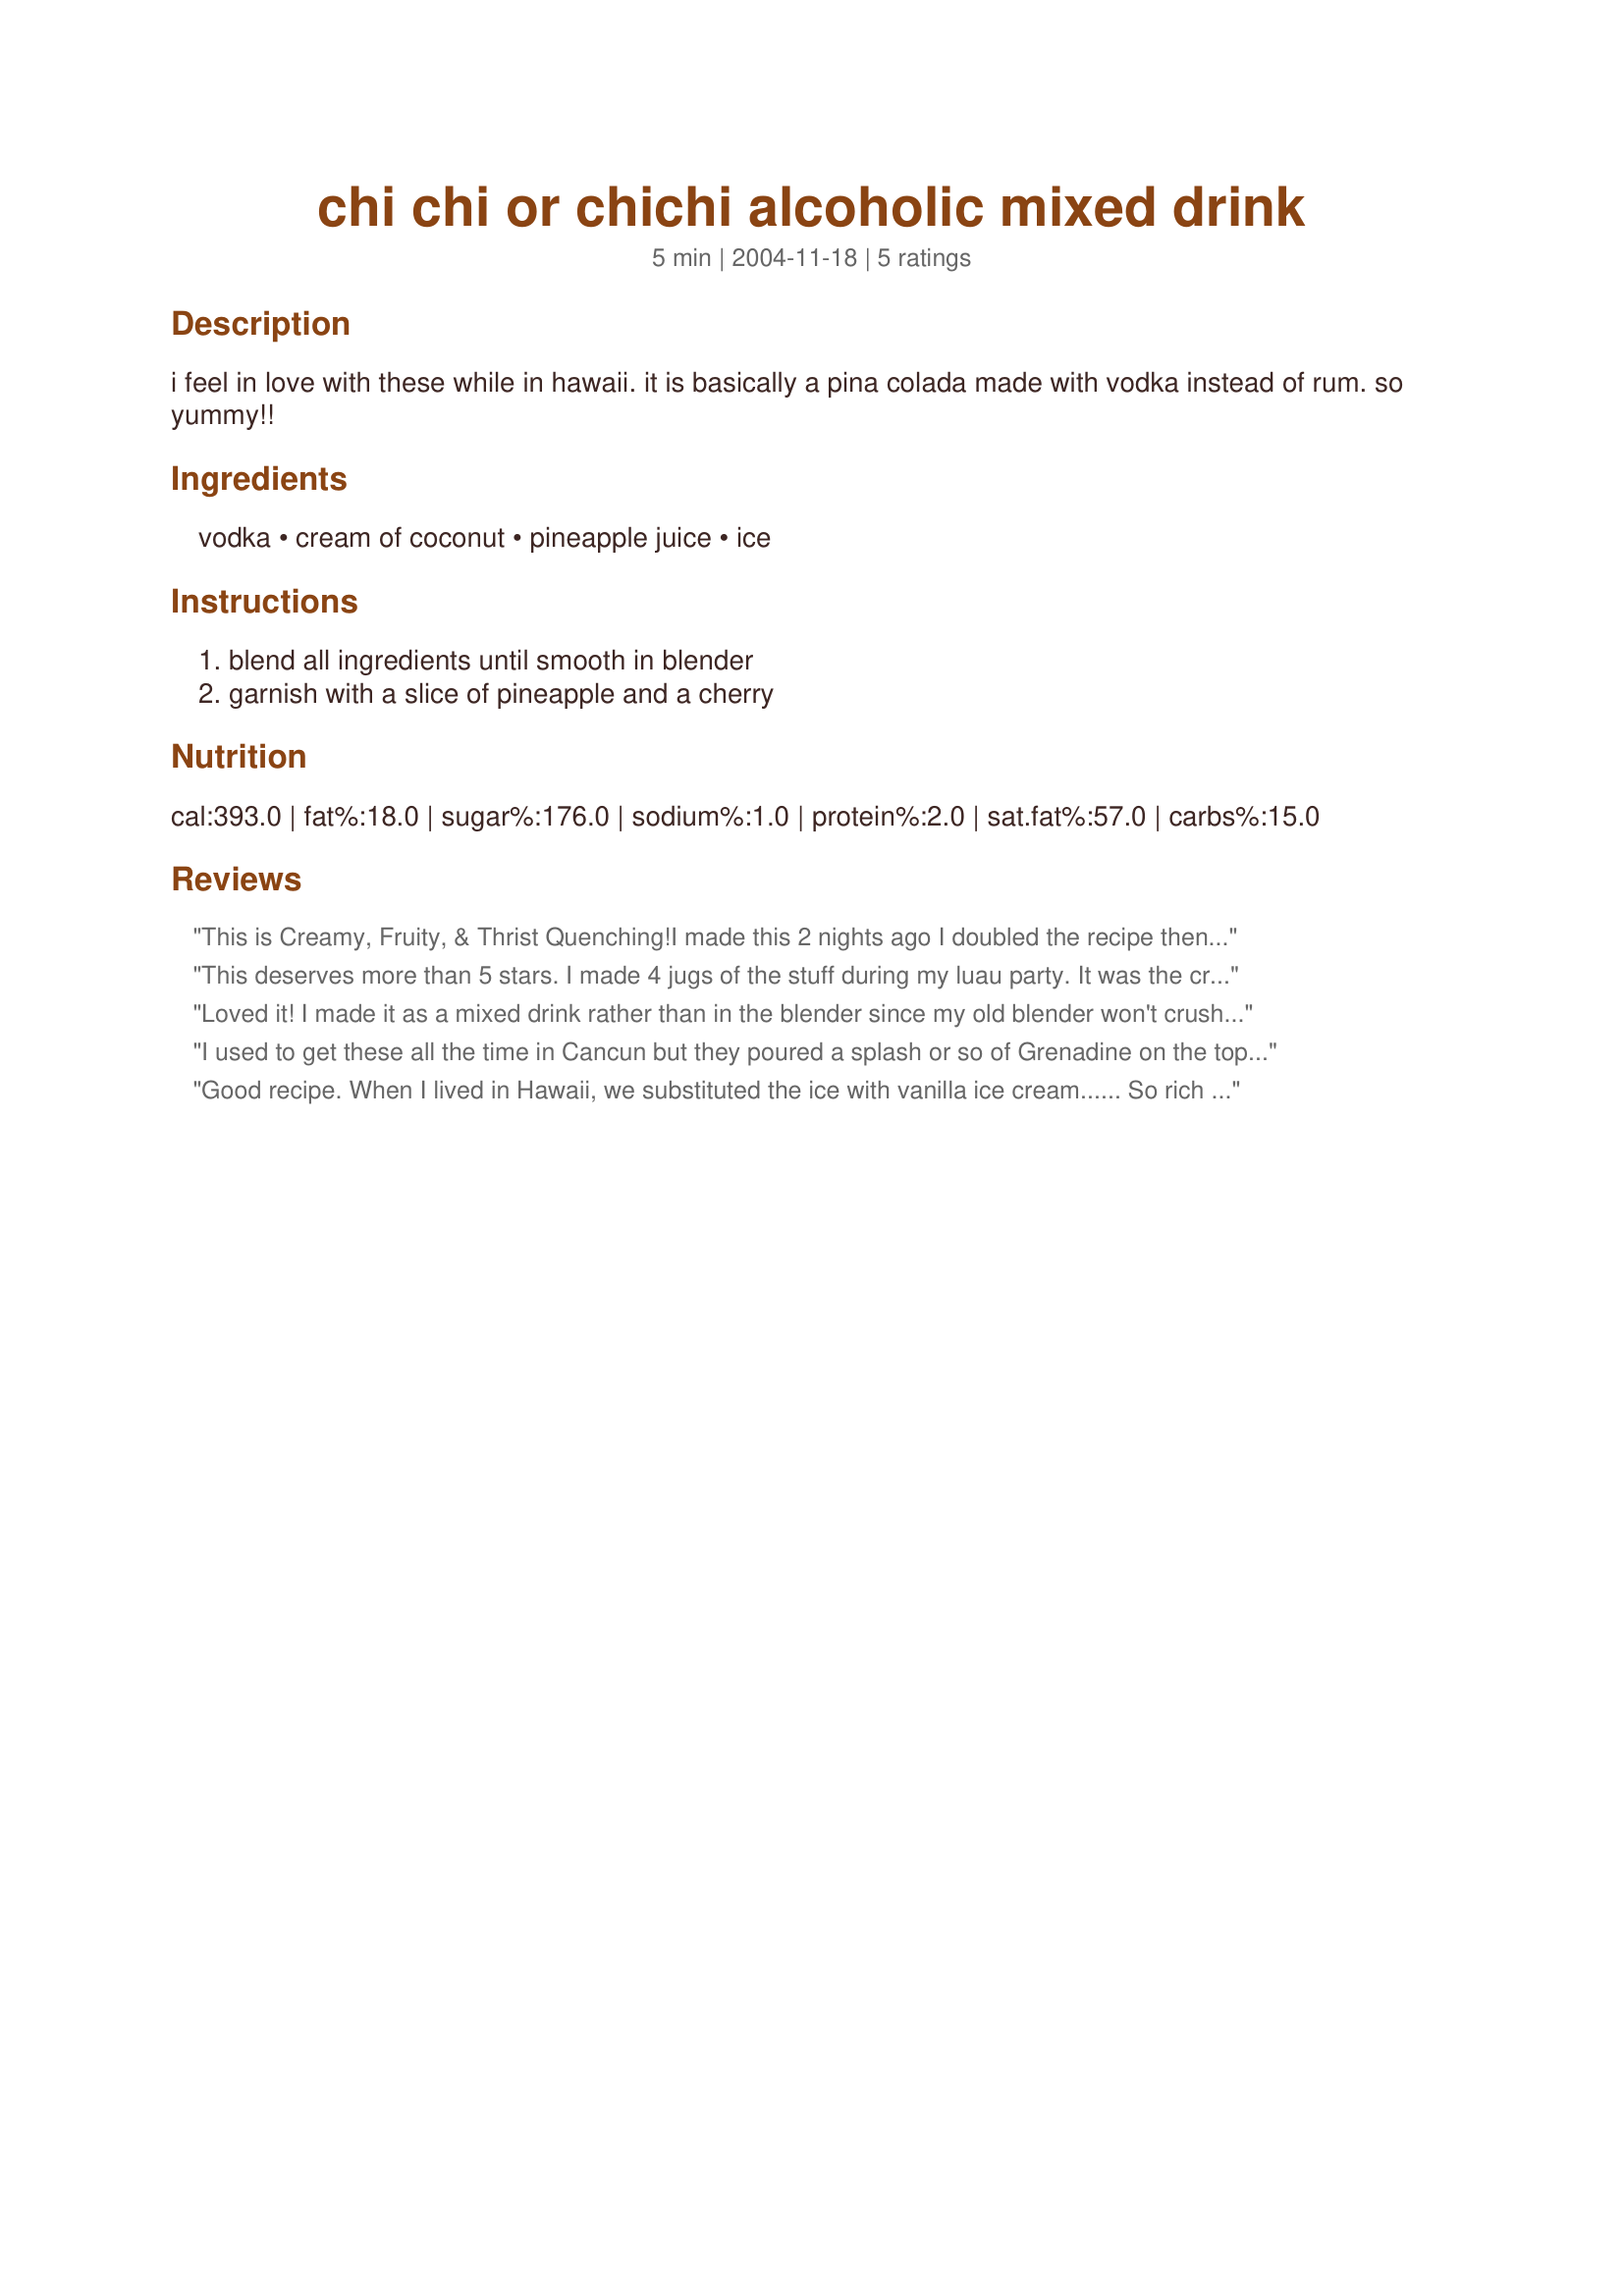
chi chi or chichi alcoholic mixed drink
Preparation time: 5 minutes

i feel in love with these while in hawaii. it is basically a pina colada made with vodka instead of rum. so yummy!!

Ingredients:
vodka, cream of coconut, pineapple juice, ice

Steps:
blend all ingredients until smooth in blender, garnish with a slice of pineapple and a cherry

Reviews:
This is Creamy, Fruity, & Thrist Quenching!I made this 2 nights ago I doubled the recipe then. You have to double there`s no way you`ll drink just 1. Tonight my DH made a pitcher of them! Thanks Marg!
This deserves more than 5 stars. I made 4 jugs of the stuff during my luau party. It was the creamiest, smoothest drink i've ever had!! It also looked the part with the cherry and pinnaple stuck on a parasol! The biggest talking point of the evening! thanks for sharing Marg
Loved it! I made it as a mixed drink rather than in the blender since my old blender won't crush ice. Delicious! Thanks Marg
I used to get these all the time in Cancun but they poured a splash or so of Grenadine on the top, which enhanced the flavor even more!
Good recipe. When I lived in Hawaii, we substituted the ice with vanilla ice cream...... So rich and smooth...Try It
